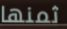
ثمنها